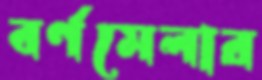
বর্ণমেলার